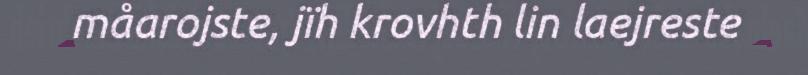
måarojste, jïh krovhth lin laejreste